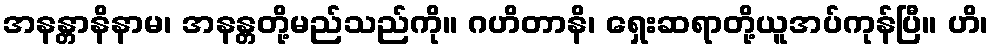
အနန္တာနိနာမ၊ အနန္တတို့မည်သည်ကို။ ဂဟိတာနိ၊ ရှေးဆရာတို့ယူအပ်ကုန်ပြီ။ ဟိ၊